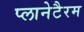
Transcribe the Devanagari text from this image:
प्लानेटैरम